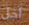
أجل